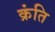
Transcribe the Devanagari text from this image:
क्रंति